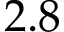
2 . 8